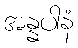
အန္နပါနံ